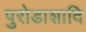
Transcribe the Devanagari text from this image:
पुरोडाशादि